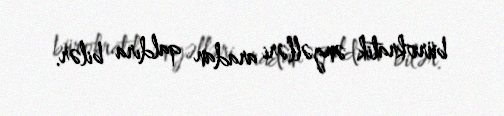
bürokratik əngəlləri aradan qaldıra bilər.